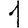
Digit: 1